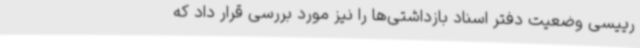
رییسی وضعیت دفتر اسناد بازداشتی‌ها را نیز مورد بررسی قرار داد که